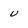
Character: u